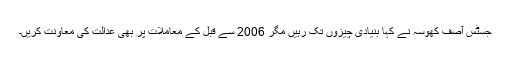
جسٹس آصف کھوسہ نے کہا بنیادی چیزوں تک رہیں مگر 2006 سے قبل کے معاملات پر بھی عدالت کی معاونت کریں۔